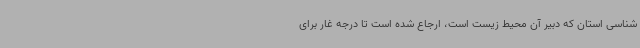
شناسی استان که دبیر آن محیط زیست است، ارجاع شده است تا درجه غار برای